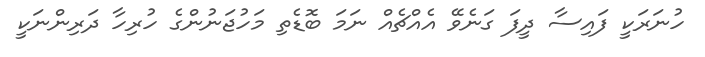
ހުނަރަކީ ފައިސާ ދީފަ ގަނެވޭ އެއްޗެއް ނަމަ ބޮޑެތި މަހުޖަނުންގެ ހުރިހާ ދަރިންނަކީ